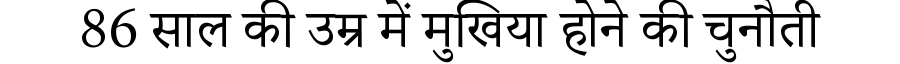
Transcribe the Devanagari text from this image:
86 साल की उम्र में मुखिया होने की चुनौती